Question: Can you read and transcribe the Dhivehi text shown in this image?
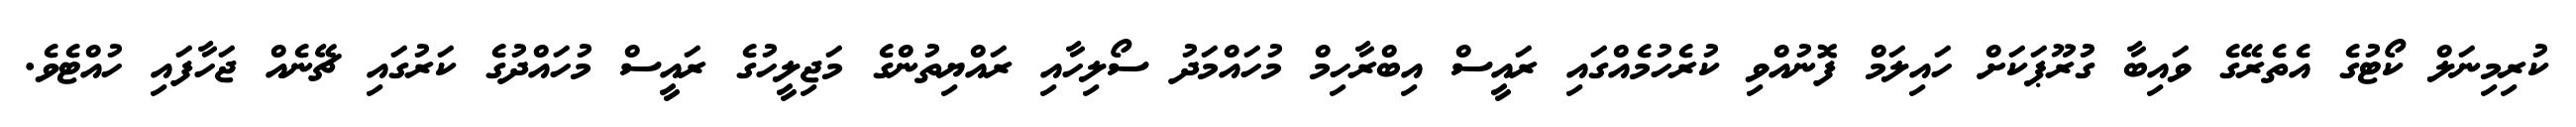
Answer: ކުރިމިނަލް ކޯޓުގެ އެތެރޭގެ ވައިބާ ގުރޫޕަކަށް ހައިލަމް ފޮނުއްވި ކުރެހުމެއްގައި ރައީސް އިބްރާހިމް މުހައްމަދު ސޯލިހާއި ރައްޔިތުންގެ މަޖިލީހުގެ ރައީސް މުހައްދުގެ ކަރުގައި ޗޭނެއް ޖަހާފައި ހުއްޓެވެ.